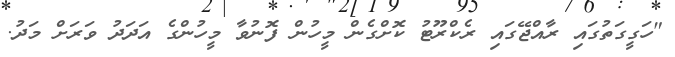
"ހަގީގަތުގައި ރާއްޖޭގައި ރެކްރޫޓު ކޮށްގެން މީހުން ފޮނުވާ މީހުންގެ އަދަދު ވަރަށް މަދު.